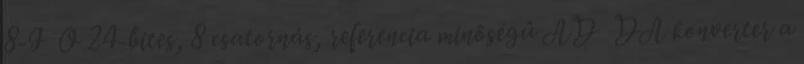
8-I O 24-bites, 8 csatornás, referencia minôségû AD DA konverter a